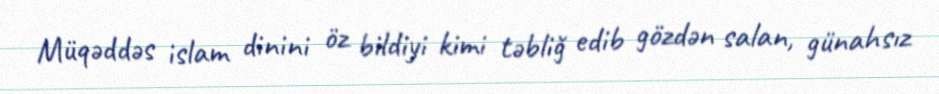
Müqəddəs islam dinini öz bildiyi kimi təbliğ edib gözdən salan, günahsız